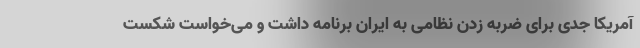
آمریکا جدی برای ضربه زدن نظامی به ایران برنامه داشت و می‌خواست شکست